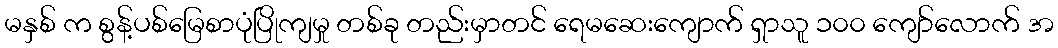
မနှစ် က စွန့်ပစ်မြေစာပုံပြိုကျမှု တစ်ခု တည်းမှာတင် ရေမဆေးကျောက် ရှာသူ ၁၀၀ ကျော်လောက် အ